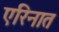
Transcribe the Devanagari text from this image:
एरिनात